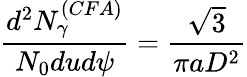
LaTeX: \frac{d^{2}N_{\gamma}^{(CFA)}}{N_{0}dud\psi}=\frac{\sqrt{3}}{\pi aD^{2}}